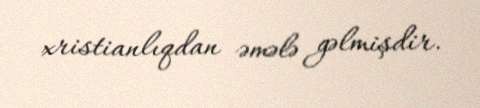
xristianlıqdan əmələ gəlmişdir.